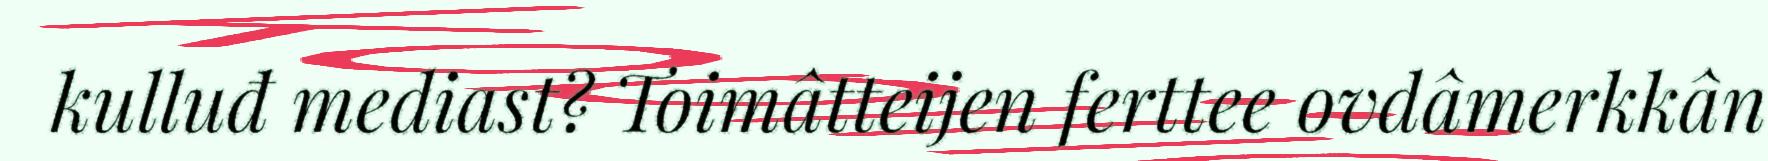
kulluđ mediast? Toimâtteijen ferttee ovdâmerkkân